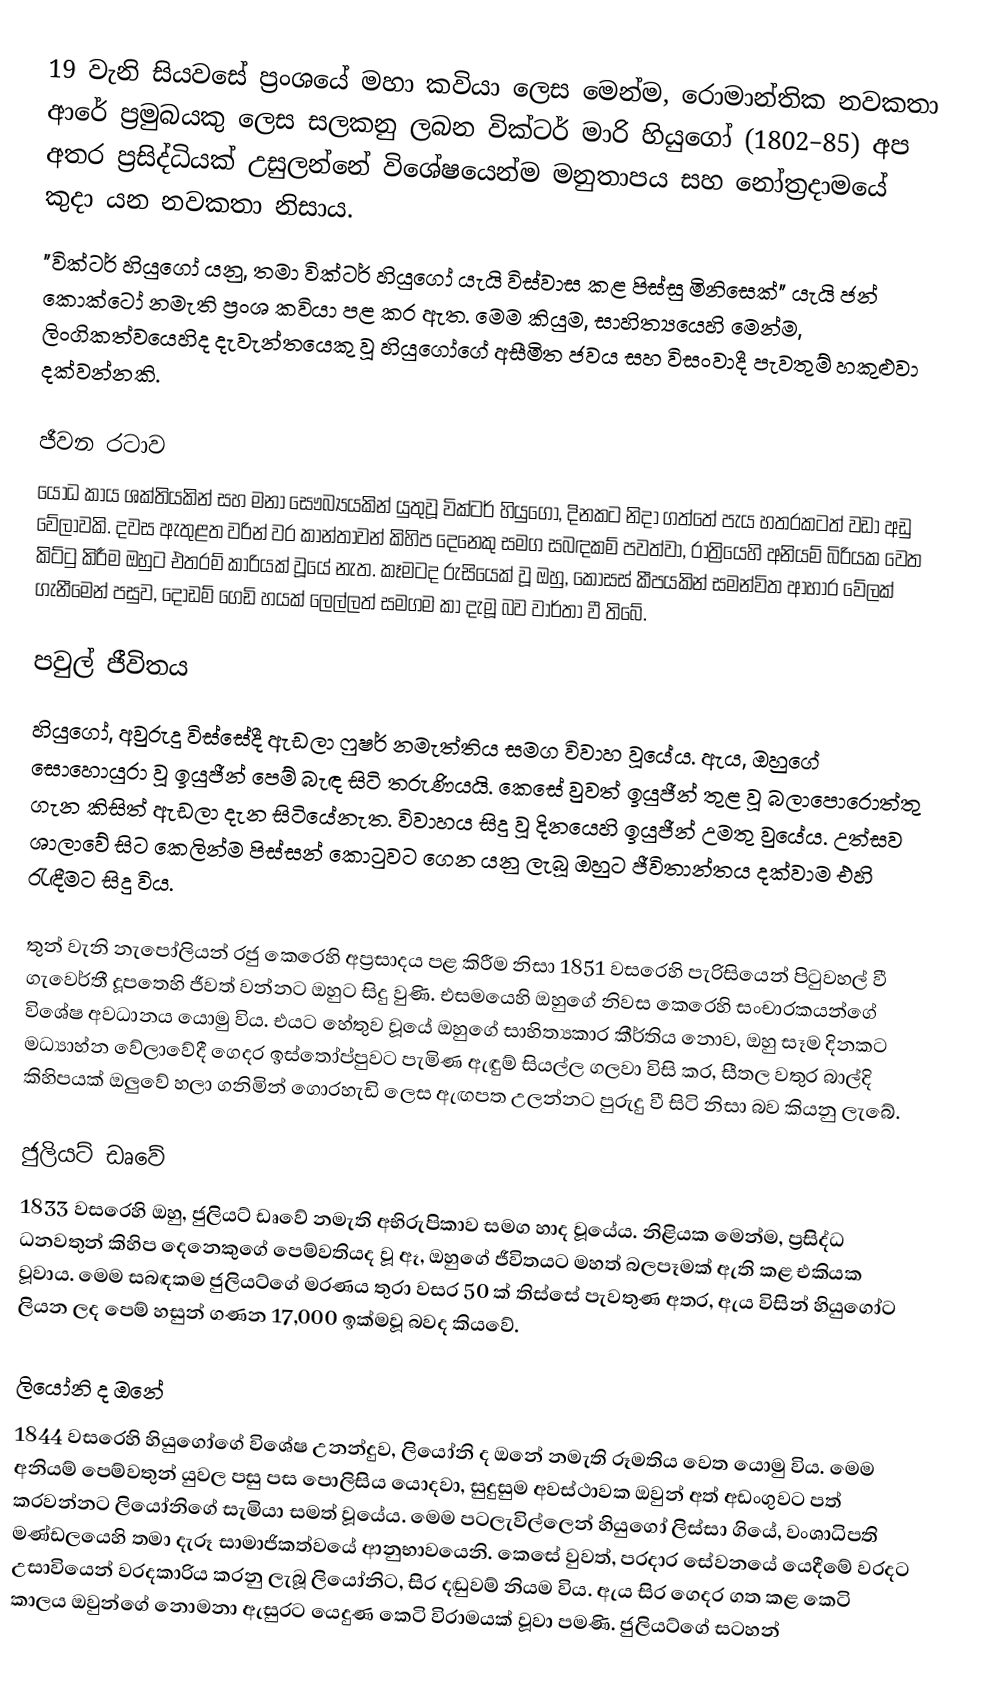
19 වැනි සියවසේ ප්‍රංශයේ මහා කවියා ලෙස මෙන්ම, රොමාන්තික නවකතා ආරේ ප්‍රමුබයකු ලෙස සලකනු ලබන වික්ටර් මාරි හියුගෝ (1802–85) අප අතර ප්‍රසිද්ධියක් උසුලන්නේ විශේෂයෙන්ම මනුතාපය සහ නෝත්‍රදාමයේ කුදා යන නවකතා නිසාය.
"වික්ටර් හියුගෝ යනු, තමා වික්ටර් හියුගෝ යැයි විස්වාස කළ පිස්සු මිනිසෙක්" යැයි ජන් කොක්ටෝ නමැති ප්‍රංශ කවියා පළ කර ඇත. මෙම කියුම, සාහිත්‍යයෙහි මෙන්ම, ලිංගිකත්වයෙහිද දැවැන්තයෙකු වූ හියුගෝගේ අසීමිත ජවය සහ විසංවාදී පැවතුම් හකුළුවා දක්වන්නකි.

ජීවන රටාව
යෝධ කාය ශක්තියකින් සහ මනා සෞබ්‍යයකින් යුතුවූ වික්ටර් හියුගෝ, දිනකට නිදා ගත්තේ පැය හතරකටත් වඩා අඩු වේලාවකි. දවස ඇතුළත වරින් වර කාන්තාවන් කිහිප දෙනෙකු සමග සබඳකම් පවත්වා, රාත්‍රියෙහි අනියම් බිරියක වෙත කිට්ටු කිරීම ඔහුට එතරම් කාරියක් වූයේ නැත. කෑමටද රුසියෙක් වූ ඔහු, කෝසස් කීපයකින් සමන්විත ආහාර වේලක් ගැනීමෙන් පසුව, දොඩම් ගෙඩි හයක් ලෙල්ලත් සමගම කා දැමූ බව වාර්තා වී තිබේ.

පවුල් ජීවිතය
හියුගෝ, අවුරුදු විස්සේදී ඇඩලා ෆුෂර් නමැත්තිය සමග විවාහ වූයේය. ඇය, ඔහුගේ සොහොයුරා වූ ඉයුජීන් පෙම් බැඳ සිටි තරුණියයි. කෙසේ වුවත් ඉයුජීන් තුළ වූ බලාපොරොත්තු ගැන කිසිත් ඇඩලා දැන සිටියේනැත. විවාහය සිදු වූ දිනයෙහි ඉයුජීන් උමතු වුයේය. උත්සව ශාලාවේ සිට කෙලින්ම පිස්සන් කොටුවට ගෙන යනු ලැබූ ඔහුට ජීවිතාන්තය දක්වාම එහි රැඳීමට සිදු විය.

තුන් වැනි නැපෝලියන් රජු කෙරෙහි අප්‍රසාදය පළ කිරීම නිසා 1851 වසරෙහි පැරිසියෙන් පිටුවහල් වී ගැවෙර්තී දූපතෙහි ජීවත් වන්නට ඔහුට සිදු වුණි. එසමයෙහි ඔහුගේ නිවස කෙරෙහි සංචාරකයන්ගේ විශේෂ අවධානය යොමු විය. එයට හේතුව වූයේ ඔහුගේ සාහිත්‍යකාර කීර්තිය නොව, ඔහු සෑම දිනකට මධ්‍යාහ්න වේලාවේදී ගෙදර ඉස්තෝප්පුවට පැමිණ ඇඳුම් සියල්ල ගලවා විසි කර, සීතල වතුර බාල්දි කිහිපයක් ඔලුවේ හලා ගනිමින් ගොරහැඩි ලෙස ඇඟපත උලන්නට පුරුදු වී සිටි නිසා බව කියනු ලැබේ.

ජුලියට් ඩෘවේ
1833 වසරෙහි ඔහු, ජුලියට් ඩෘවේ නමැති අභිරුපිකාව සමග හාද වූයේය. නිළියක මෙන්ම, ප්‍රසිද්ධ ධනවතුන් කිහිප දෙනෙකුගේ පෙම්වතියද වූ ඈ, ඔහුගේ ජීවිතයට මහත් බලපෑමක් ඇති කළ එකියක වූවාය. මෙම සබඳකම ජුලියට්ගේ මරණය තුරා වසර 50 ක් තිස්සේ පැවතුණ අතර, ඇය විසින් හියුගෝට ලියන ලද පෙම් හසුන් ගණන 17,000 ඉක්මවූ බවද කියවේ.

ලියෝනි ද ඔනේ
1844 වසරෙහි හියුගෝගේ විශේෂ උනන්දුව, ලියෝනි ද ඔනේ නමැති රූමතිය වෙත යොමු විය. මෙම අනියම් පෙම්වතුන් යුවල පසු පස පොලිසිය යොදවා, සුදුසුම අවස්ථාවක ඔවුන් අත් අඩංගුවට පත් කරවන්නට ලියෝනිගේ සැමියා සමත් වූයේය. මෙම පටලැවිල්ලෙන් හියුගෝ ලිස්සා ගියේ, වංශාධිපති මණ්ඩලයෙහි තමා දැරූ සාමාජිකත්වයේ ආනුභාවයෙනි. කෙසේ වුවත්, පරදාර සේවනයේ යෙදීමේ වරදට උසාවියෙන් වරදකාරිය කරනු ලැබූ ලියෝනිට, සිර දඬුවම් නියම විය. ඇය සිර ගෙදර ගත කළ කෙටි කාලය ඔවුන්ගේ නොමනා ඇසුරට යෙදුණ කෙටි විරාමයක් වූවා පමණි. ජුලියට්ගේ සටහන්